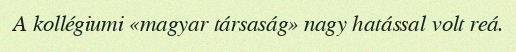
A kollégiumi «magyar társaság» nagy hatással volt reá.